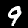
Label: 9